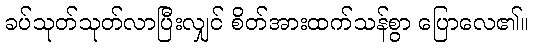
ခပ်သုတ်သုတ်လာပြီးလျှင် စိတ်အားထက်သန်စွာ ပြောလေ၏။